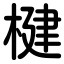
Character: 楗